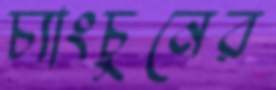
চ্যাংচুনের